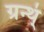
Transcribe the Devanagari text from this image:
ग्रन्थ्ं